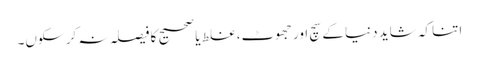
اتنا کہ شاید دنیا کے سچ اور جھوٹ، غلط یا صحیح کا فیصلہ نہ کر سکوں۔